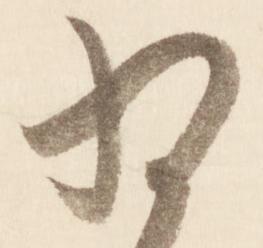
為